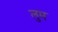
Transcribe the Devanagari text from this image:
लुम